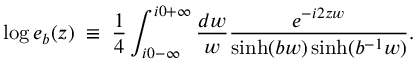
\log e _ { b } ( z ) \; \equiv \; \frac { 1 } { 4 } \int _ { i 0 - \infty } ^ { i 0 + \infty } \frac { d w } { w } \frac { e ^ { - i 2 z w } } { \sinh ( b w ) \sinh ( b ^ { - 1 } w ) } .